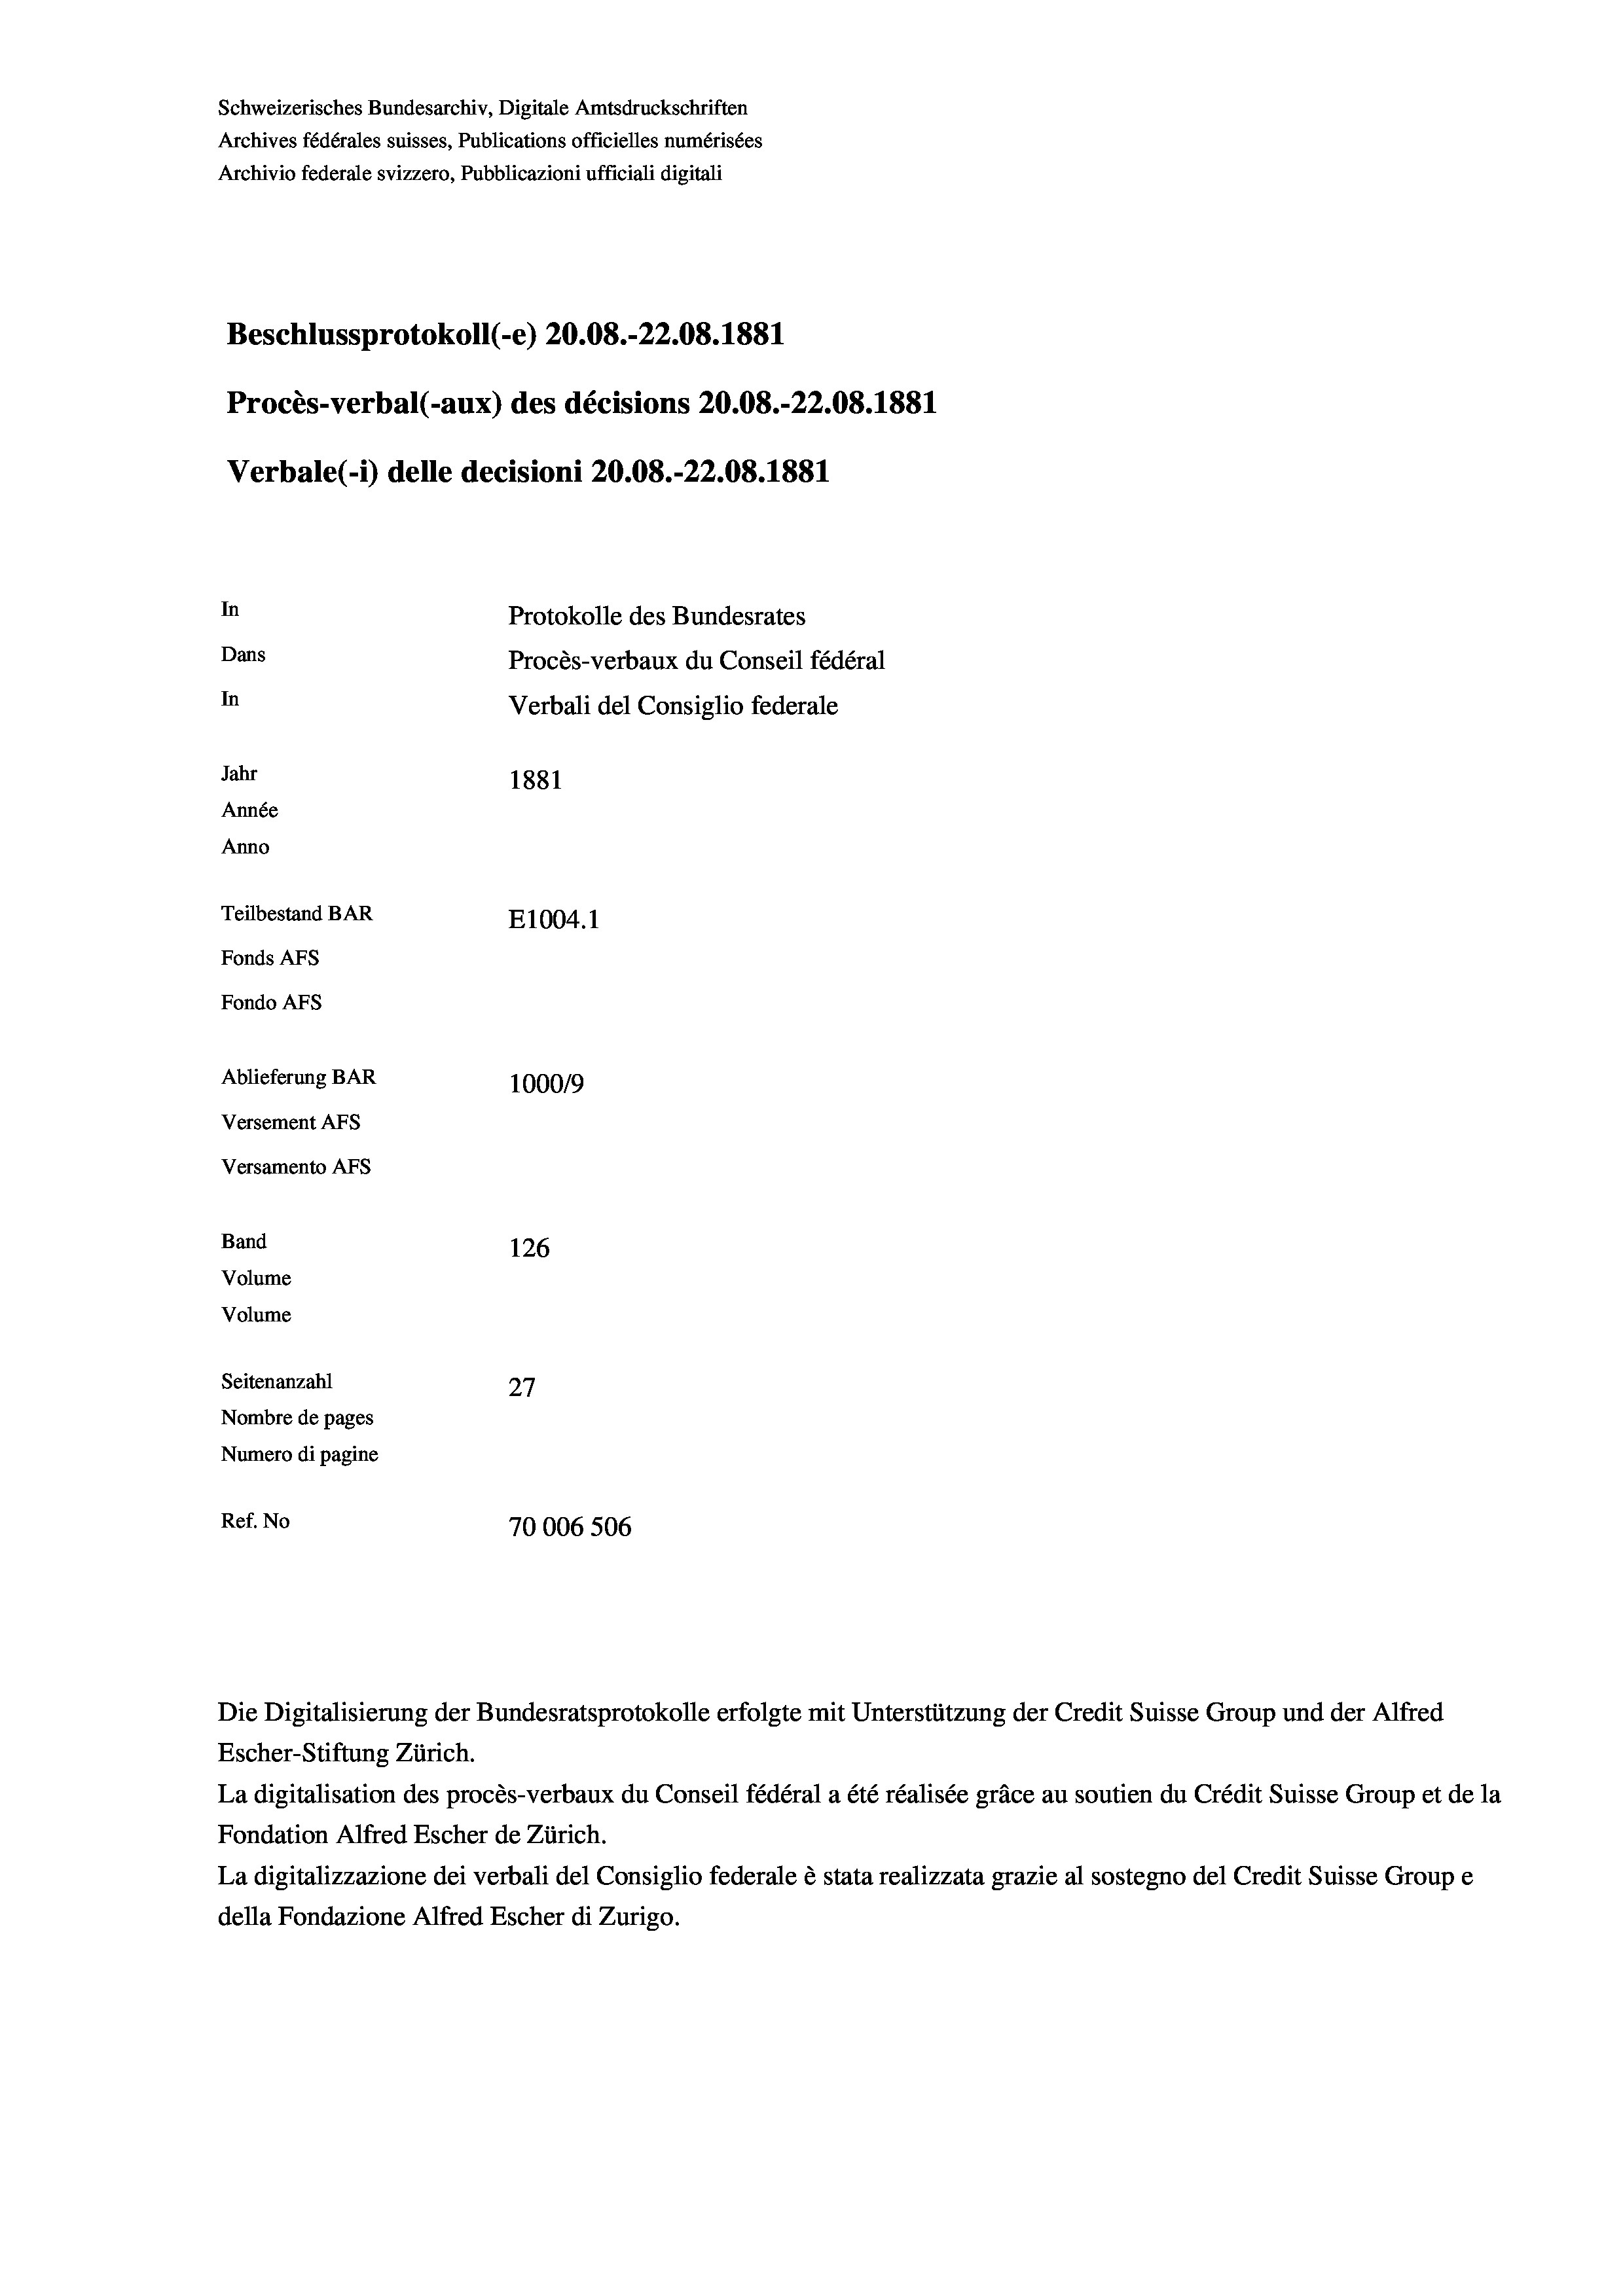
Schweizerisches Bundesarchiv, Digitale Amtsdruckschriften
Archives fédérales suisses, Publications officielles numérisées
Archivio federale svizzero, Pubblicazioni ufficiali digitali
Beschlussprotokoll (-e) 20.08.-22.08. 1881
Procès-verbal (-aux) des décisions 20.08.-22.08. 1881
Verbale (i) delle decisioni 20.08.-22.08. 1881
In
Protokolle des Bundesrates
Dans
Procès-verbaux du Conseil fédéral
In
Verbali del Consiglio federale
Jahr
1881
Année
Anno
Teilbestand BAR
E1004. 1
Fonds AFs
Fondo AFS
Ablieferung BAR
1000/9
Versement AFs
Versamento AFS
Band
126
Volume
Volume
Seitenanzahl
27
Nombre de pages
Numero di pagine
Ref. No
70006 506

Die Digitalisierung der Bundesratsprotokolle erfolgte mit Unterstützung der Credit Suisse Group und der Alfred
Escher-Stiftung Zürich.
La digitalisation des procès-verbaux du Conseil fédéral a été réalisée gräce au soutien du Crédit Suisse Group et de la
Fondation Alfred Escher de Zürich.
La digitalizzazione dei verbali del Consiglio federale è stata realizzata grazie al sostegno del Credit Suisse Groupe
della Fondazione Alfred Escher di Zurigo.